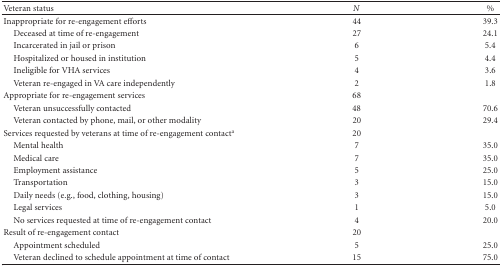
<table><thead><tr><td><b>Veteran status</b></td><td><b><i>N</i></b></td><td><b>%</b></td></tr></thead><tbody><tr><td>Inappropriate for re-engagement efforts</td><td>44</td><td>39.3</td></tr><tr><td> Deceased at time of re-engagement</td><td>27</td><td>24.1</td></tr><tr><td> Incarcerated in jail or prison</td><td>6</td><td> 5.4</td></tr><tr><td> Hospitalized or housed in institution</td><td>5</td><td> 4.4</td></tr><tr><td> Ineligible for VHA services</td><td> 4</td><td> 3.6</td></tr><tr><td> Veteran re-engaged in VA care independently</td><td> 2</td><td> 1.8</td></tr><tr><td>Appropriate for re-engagement services</td><td>68</td><td> </td></tr><tr><td> Veteran unsuccessfully contacted</td><td>48</td><td>70.6</td></tr><tr><td> Veteran contacted by phone, mail, or other modality</td><td>20</td><td>29.4</td></tr><tr><td>Services requested by veterans at time of re-engagement contact<sup>a</sup></td><td>20</td><td> </td></tr><tr><td> Mental health</td><td> 7</td><td>35.0</td></tr><tr><td> Medical care</td><td> 7</td><td>35.0</td></tr><tr><td> Employment assistance</td><td> 5</td><td>25.0</td></tr><tr><td> Transportation</td><td> 3</td><td>15.0</td></tr><tr><td> Daily needs (e.g., food, clothing, housing)</td><td> 3</td><td>15.0</td></tr><tr><td> Legal services</td><td> 1</td><td>5.0</td></tr><tr><td> No services requested at time of re-engagement contact</td><td> 4</td><td>20.0</td></tr><tr><td>Result of re-engagement contact </td><td> 20</td><td> </td></tr><tr><td> Appointment scheduled</td><td> 5</td><td>25.0</td></tr><tr><td> Veteran declined to schedule appointment at time of contact</td><td> 15</td><td>75.0</td></tr></tbody></table>